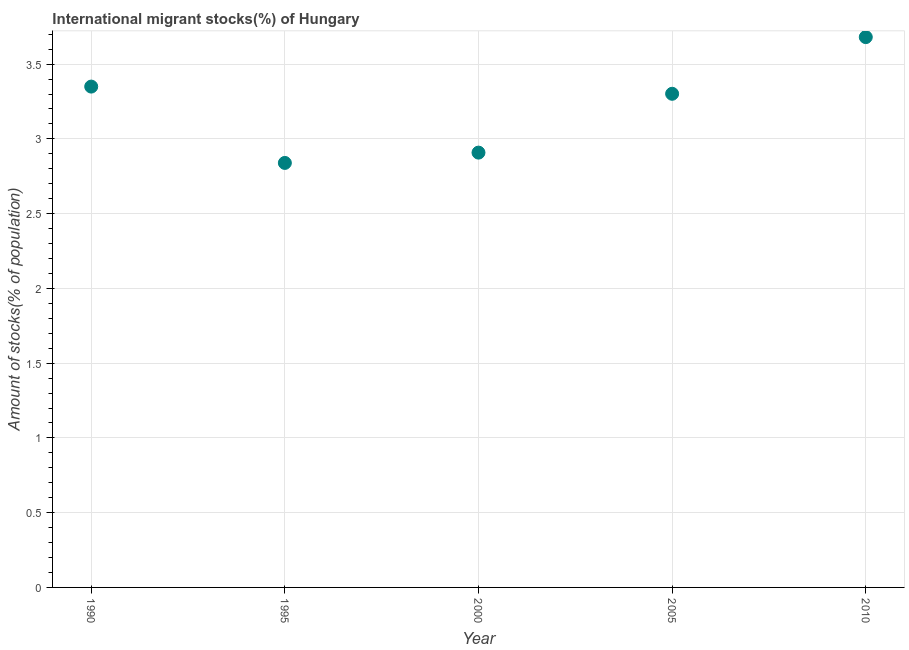
| Year | International migrant stock |
 | --- | --- |
 | 1990 | 3.35 |
 | 1995 | 2.84 |
 | 2000 | 2.91 |
 | 2005 | 3.3 |
 | 2010 | 3.68 |